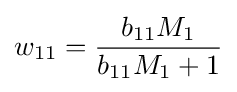
w_{11}={\frac {b_{11}M_{1}}{b_{11}M_{1}+1}}